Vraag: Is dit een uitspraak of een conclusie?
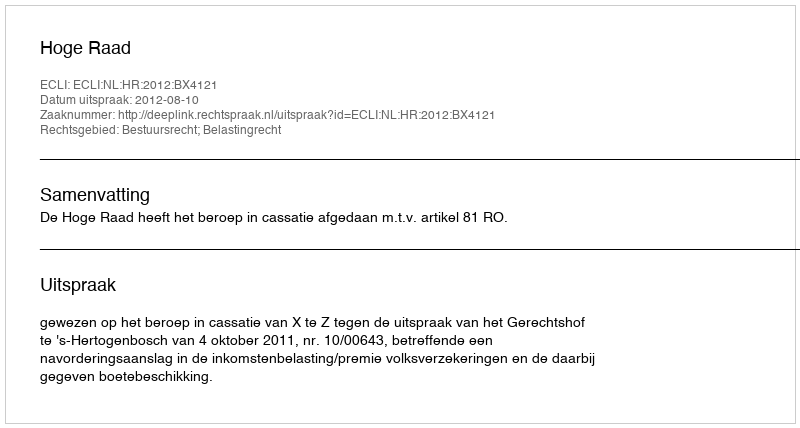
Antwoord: Uitspraak